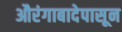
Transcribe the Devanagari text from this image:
औरंगाबादेपासून